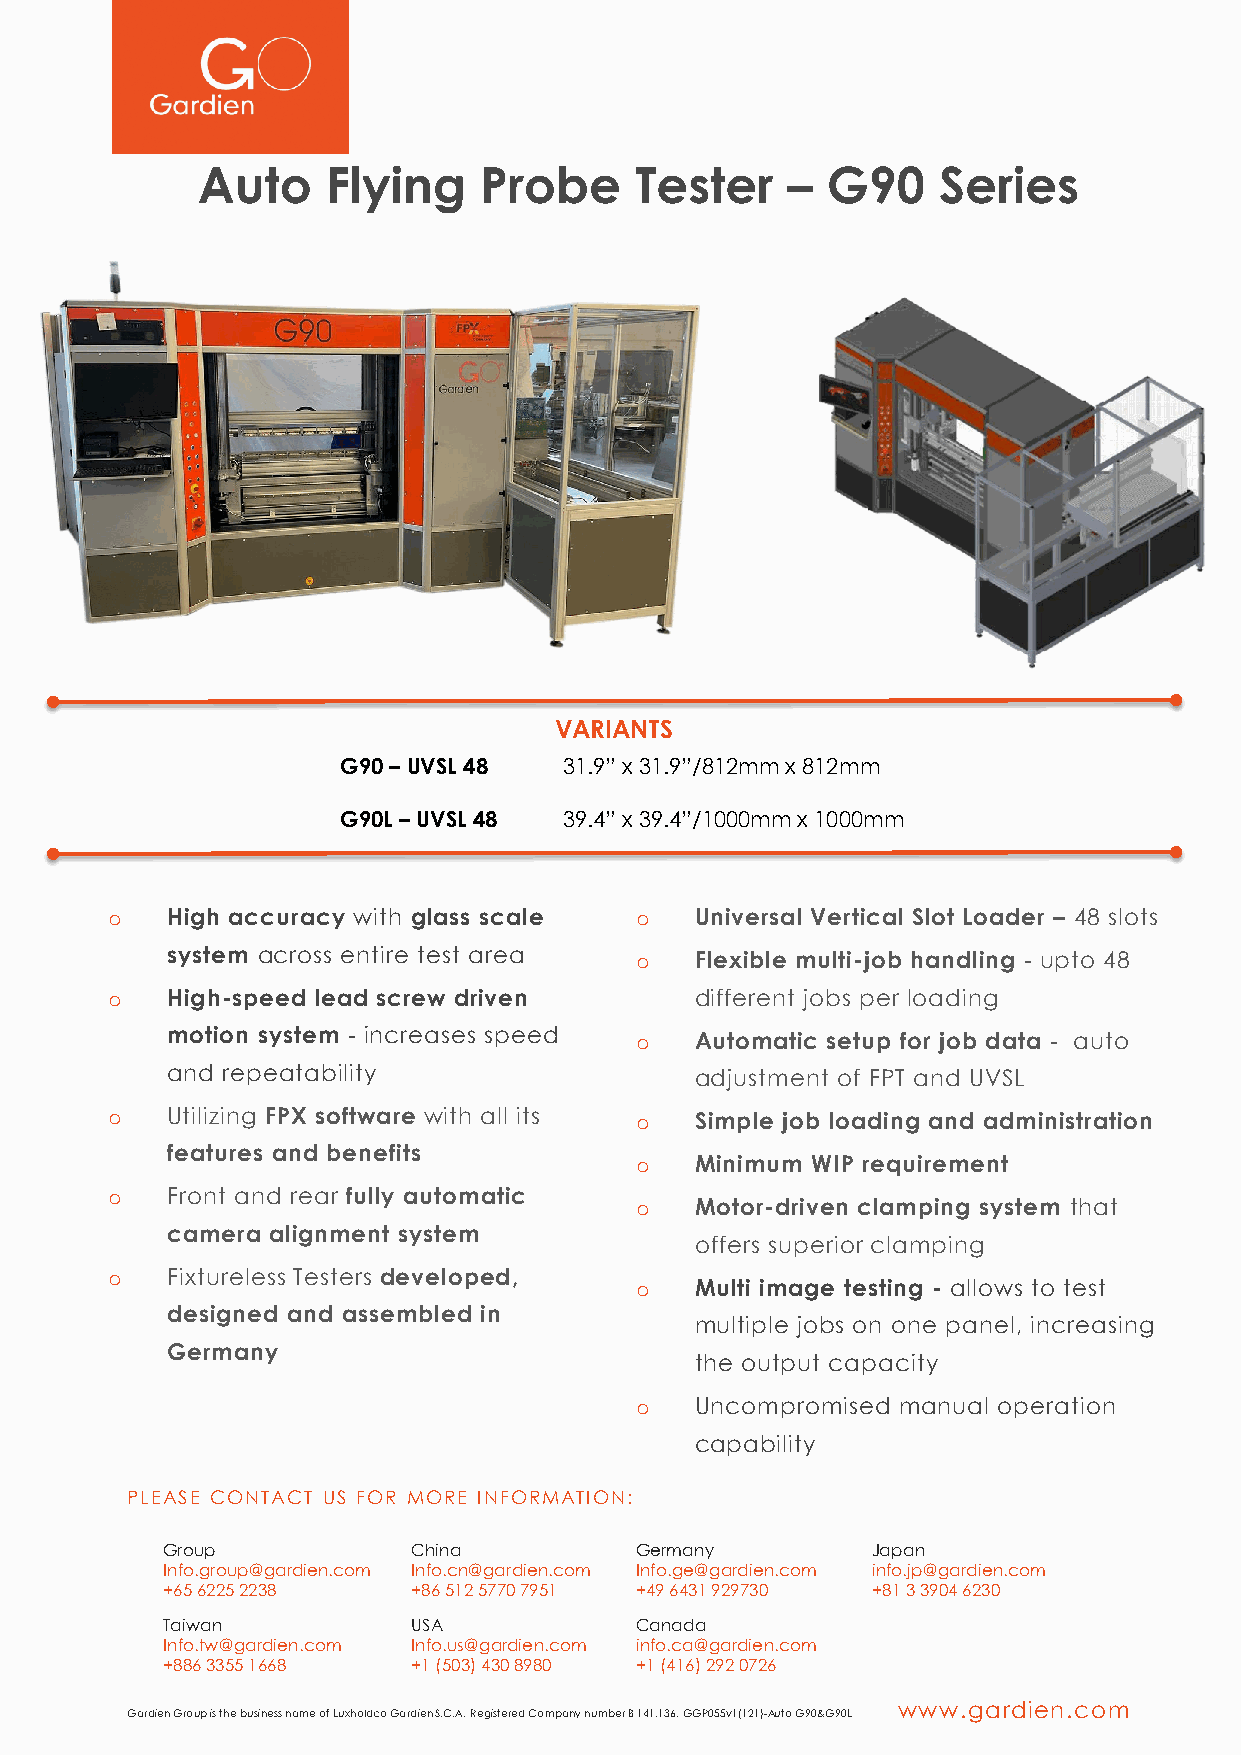
Auto     Flying    Probe     Tester    –  G90    Series
 VARIANTS
 G90 – UVSL 48  31.9” x 31.9”/812mm x 812mm
 G90L – UVSL 48 39.4” x 39.4”/1000mm x 1000mm
 o   High accuracy with glass scale o   Universal Vertical Slot Loader – 48 slots
 system across entire test area o   Flexible multi-job handling - upto 48
 o   High-speed lead screw driven       different jobs per loading
 motion system - increases speed o  Automatic setup for job data - auto
 and repeatability                  adjustment of FPT and UVSL
 o   Utilizing FPX software with all its o Simple job loading and administration
 features and benefits
 o   Minimum WIP requirement
 o   Front and rear fully automatic
 o   Motor-driven clamping system that
 camera alignment system
 offers superior clamping
 o   Fixtureless Testers developed,
 o   Multi image testing - allows to test
 designed and assembled in
 multiple jobs on one panel, increasing
 Germany
 the output capacity
 o   Uncompromised manual operation
 capability
 PLEASE CONTACT US FOR MORE INFORMATION:
 Group           China          Germany         Japan
 Info.group@gardien.com Info.cn@gardien.com Info.ge@gardien.com info.jp@gardien.com
 +65 6225 2238   +86 512 5770 7951 +49 6431 929730 +81 3 3904 6230
 Taiwan          USA            Canada
 Info.tw@gardien.com Info.us@gardien.com info.ca@gardien.com
 +886 3355 1668  +1 (503) 430 8980 +1 (416) 292 0726
 www.gardien.com
 Gardien Group is the business name of Luxholdco Gardien S.C.A. Registered Company number B 141.136. GGP055v1(121)-Auto G90&G90L